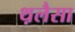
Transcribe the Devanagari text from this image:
थ़लैसा